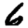
Digit: 6